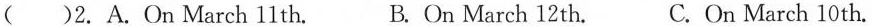
()2.A.On March 11 th. B. On March 12 th. C.On March 10 th.